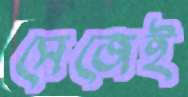
সেজেই